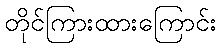
တိုင်ကြားထားကြောင်း